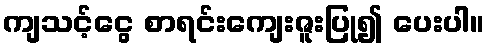
ကျသင့်ငွေ စာရင်းကျေးဇူးပြု၍ ပေးပါ။